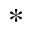
^ { \ast }